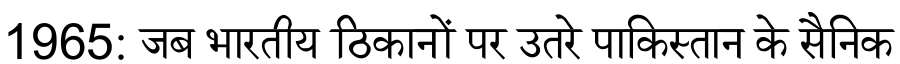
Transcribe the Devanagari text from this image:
1965: जब भारतीय ठिकानों पर उतरे पाकिस्तान के सैनिक